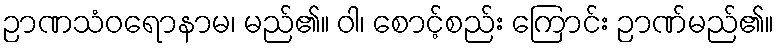
ဉာဏသံဝရောနာမ၊ မည်၏။ ဝါ၊ စောင့်စည်း ကြောင်း ဉာဏ်မည်၏။